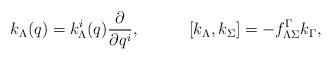
LaTeX: \begin{align*}k_\Lambda(q)=k_\Lambda^i(q){\partial\over \partial q^i},\quad\quad\quad[k_\Lambda,k_\Sigma]=- f^\Gamma_{\Lambda\Sigma}k_\Gamma,\end{align*}